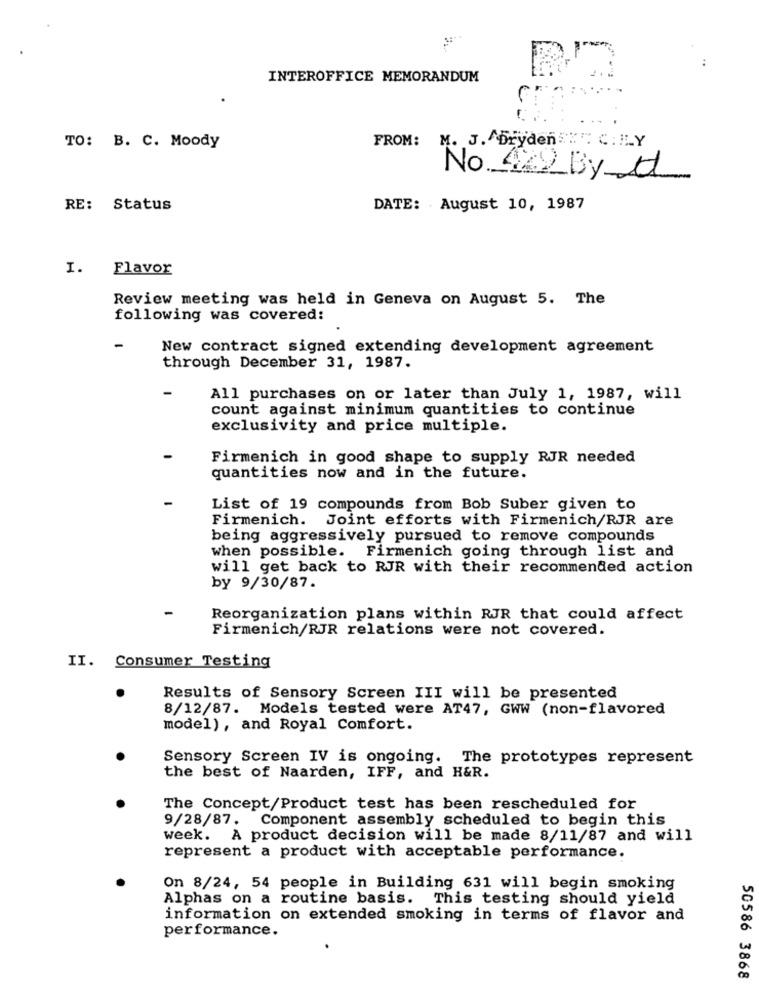
INTEROFFICE MEMORANDUM
FROM: M. J. Dryden="": C : ILY
TO: B. C. Moody
No 422 By t
RE: Status
DATE: August 10, 1987
I.
Flavor
Review meeting was held in Geneva on August 5. The
following was covered:
-
New contract signed extending development agreement
through December 31, 1987.
All purchases on or later than July 1, 1987, will
count against minimum quantities to continue
exclusivity and price multiple.
Firmenich in good shape to supply RJR needed
quantities now and in the future.
List of 19 compounds from Bob Suber given to
Firmenich. Joint efforts with Firmenich/RJR are
being aggressively pursued to remove compounds
when possible. Firmenich going through list and
will get back to RJR with their recommended action
by 9/30/87.
-
Reorganization plans within RJR that could affect
Firmenich/RJR relations were not covered.
II. Consumer Testing
Results of Sensory Screen III will be presented
8/12/87. Models tested were AT47, GWW (non-flavored
model), and Royal Comfort.
Sensory Screen IV is ongoing. The prototypes represent
the best of Naarden, IFF, and H&R.
The Concept/Product test has been rescheduled for
9/28/87. Component assembly scheduled to begin this
week. A product decision will be made 8/11/87 and will
represent a product with acceptable performance.
On 8/24, 54 people in Building 631 will begin smoking
Alphas on a routine basis. This testing should yield
information on extended smoking in terms of flavor and
performance.
50586 3868